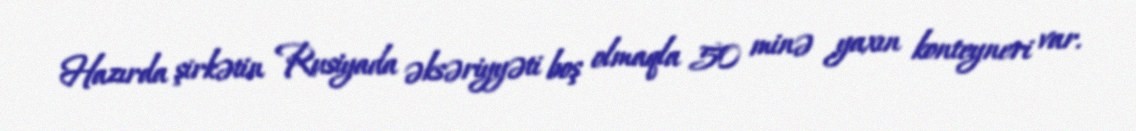
Hazırda şirkətin Rusiyada əksəriyyəti boş olmaqla 50 minə yaxın konteyneri var.